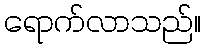
ရောက်လာသည်။